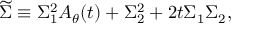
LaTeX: { \widetilde \Sigma } \equiv \Sigma _ { 1 } ^ { 2 } A _ { \theta } ( t ) + \Sigma _ { 2 } ^ { 2 } + 2 t \Sigma _ { 1 } \Sigma _ { 2 } ,